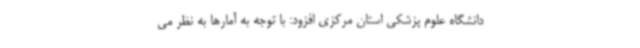
دانشگاه علوم پزشکی استان مرکزی افزود: با توجه به آمارها به نظر می